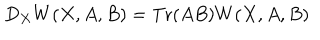
LaTeX: D _ { X } W ( X , A , B ) = \mathrm { T r } ( A B ) W ( X , A , B )